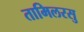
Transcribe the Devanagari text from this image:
तामिलरसु